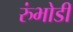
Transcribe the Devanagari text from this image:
रुंभोडी